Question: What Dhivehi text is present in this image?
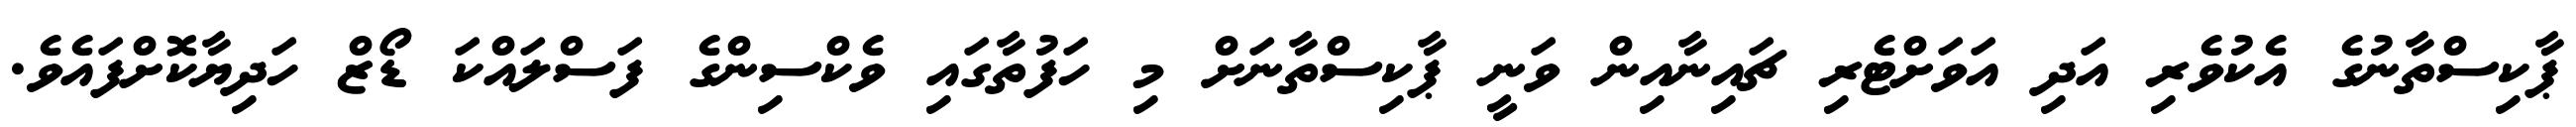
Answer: ޕާކިސްތާނުގެ އެކުވެރި އަދި އަވަށްޓެރި ޗައިނާއިން ވަނީ ޕާކިސްތާނަށް މި ހަފުތާގައި ވެކްސިންގެ ފަސްލައްކަ ޑޯޒް ހަދިޔާކޮށްފައެވެ.